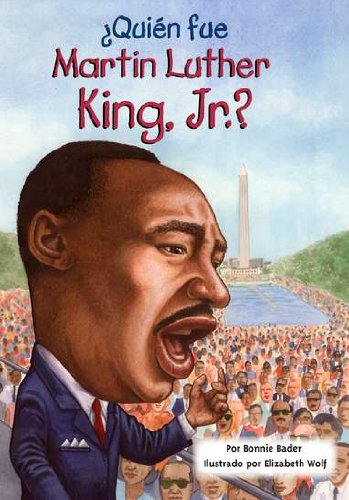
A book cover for Â¿QuiÃ©n fue Martin Luther King, Jr.? (Who Was...?) (Spanish Edition); Bonnie Bader; Children's Books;